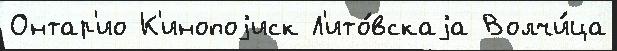
Онтар'ио К'инопоjиск Л'ито́вскаjа Волчи́ца